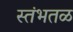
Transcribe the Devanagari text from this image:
स्तंभतळ